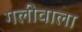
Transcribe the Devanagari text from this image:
गलीवाला